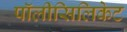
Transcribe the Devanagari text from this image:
पॉलीसिलिकेट